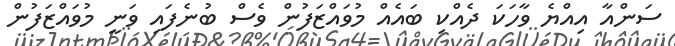
ސަންއާ އިއްޔެ ވާހަކަ ދެއްކި ބައެއް މުވައްޒަފުން ވެސް ބުނެފައި ވަނީ މުވައްޒަފުން